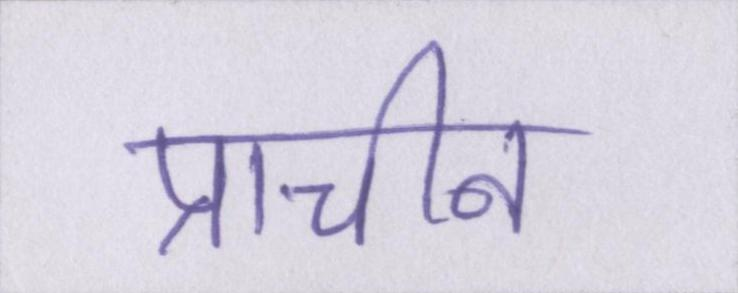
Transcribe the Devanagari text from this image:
प्राचीन